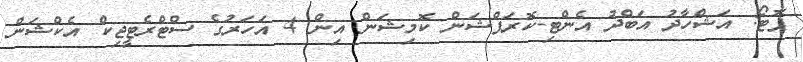
ފޮޓޯ: އަޝްހާދު އަބްދު އެންޓި-ކޮރަޕްޝަން ކޮމިޝަން އިން 4 އަހަރުގެ ސްޓްރެޓީޖިކް އެކްޝަން